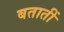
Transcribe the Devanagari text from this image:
बतातीं